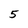
Character: 5